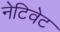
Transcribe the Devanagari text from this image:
नेटिवेट